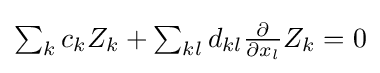
{\textstyle \sum _{k}{{c_{k}}{Z_{k}}}+\sum _{kl}{{d_{kl}}{\frac {\partial }{\partial {x_{l}}}}{Z_{k}}=0}}